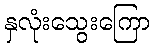
နှလုံးသွေးကြော